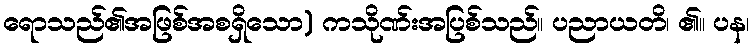
ရောသည်၏အဖြစ်အစရှိသော) ကသိုဏ်းအပြစ်သည်။ ပညာယတိ၊ ၏။ ပန၊